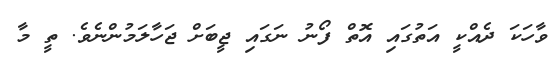
ވާހަކަ ދެއްކީ އަތުގައި އޮތް ފޯނު ނަގައި ޖީބަށް ޖަހާލަމުންނެވެ. ތީ މާ